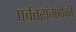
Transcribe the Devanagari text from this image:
पर्वतरांगांपैकी